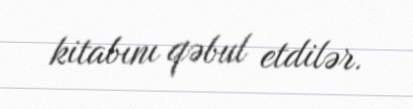
kitabını qəbul etdilər.